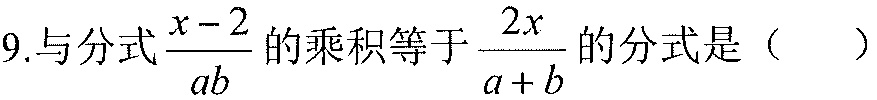
9.与分式\(\dfrac{x - 2}{ab}\)的乘积等于\(\dfrac{2x}{a + b}\)的分式是（  ）